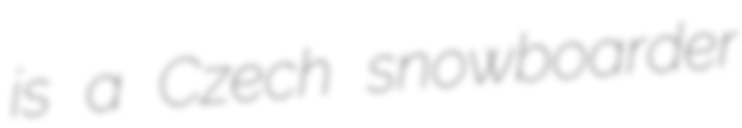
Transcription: is a Czech snowboarder